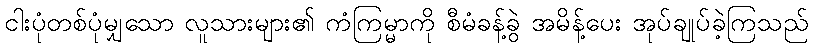
ငါးပုံတစ်ပုံမျှသော လူသားများ၏ ကံကြမ္မာကို စီမံခန့်ခွဲ အမိန့်ပေး အုပ်ချုပ်ခဲ့ကြသည်